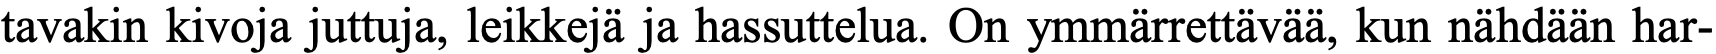
tavakin kivoja juttuja, leikkejä ja hassuttelua. On ymmärrettävää, kun nähdään har-